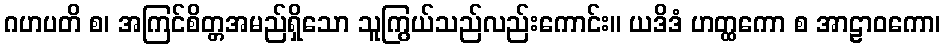
ဂဟပတိ စ၊ အကြင်စိတ္တအမည်ရှိသော သူကြွယ်သည်လည်းကောင်း။ ယဒိဒံ ဟတ္ထကော စ အာဠာဝကော၊